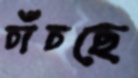
চাঁচছে